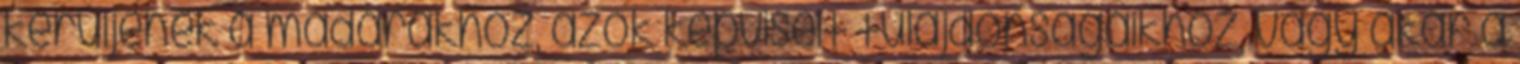
kerüljenek a madarakhoz, azok képviselt tulajdonságaikhoz, vagy akár a